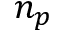
n _ { p }